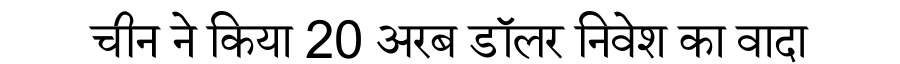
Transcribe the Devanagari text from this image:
चीन ने किया 20 अरब डॉलर निवेश का वादा